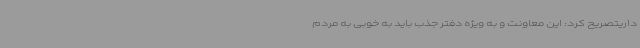
داریتصریح کرد: این معاونت و به ویژه دفتر جذب باید به خوبی به مردم